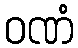
ဝဏံ